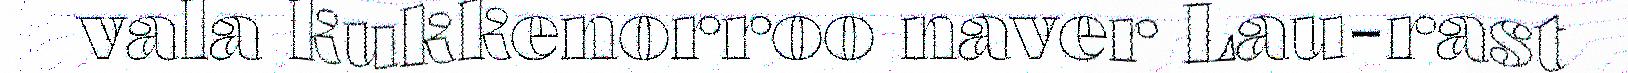
vala kukkenorroo naver Lau-rast